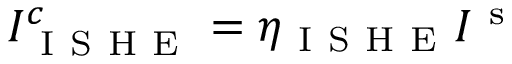
I _ { \mathrm { ~ I ~ S ~ H ~ E ~ } } ^ { c } = \eta _ { \mathrm { ~ I ~ S ~ H ~ E ~ } } I ^ { \mathrm { ~ s ~ } }